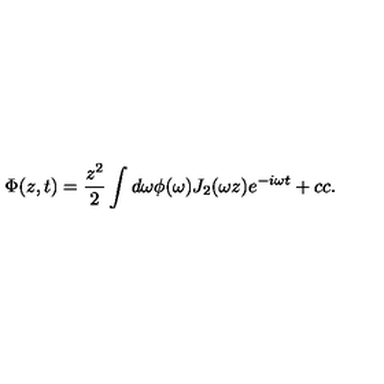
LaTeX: \Phi ( z , t ) = { \frac { z ^ { 2 } } { 2 } } \int { d \omega \phi ( \omega ) J _ { 2 } ( \omega z ) e ^ { - i \omega t } } + c c .